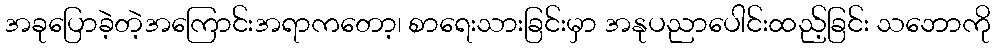
အခုပြောခဲ့တဲ့အကြောင်းအရာကတော့၊ စာရေးသားခြင်းမှာ အနုပညာပေါင်းထည့်ခြင်း သဘောကို